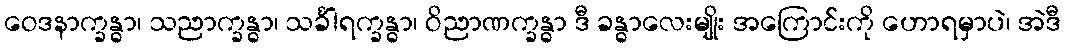
ဝေဒနာက္ခန္ဓာ၊ သညာက္ခန္ဓာ၊ သင်္ခါရက္ခန္ဓာ၊ ဝိညာဏက္ခန္ဓာ ဒီ ခန္ဓာလေးမျိုး အကြောင်းကို ဟောရမှာပဲ၊ အဲဒီ